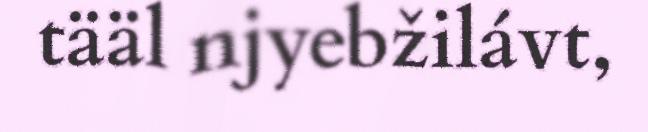
tääl njyebžilávt,